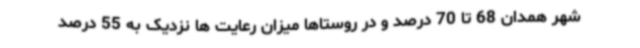
شهر همدان 68 تا 70 درصد و در روستاها میزان رعایت ها نزدیک به 55 درصد